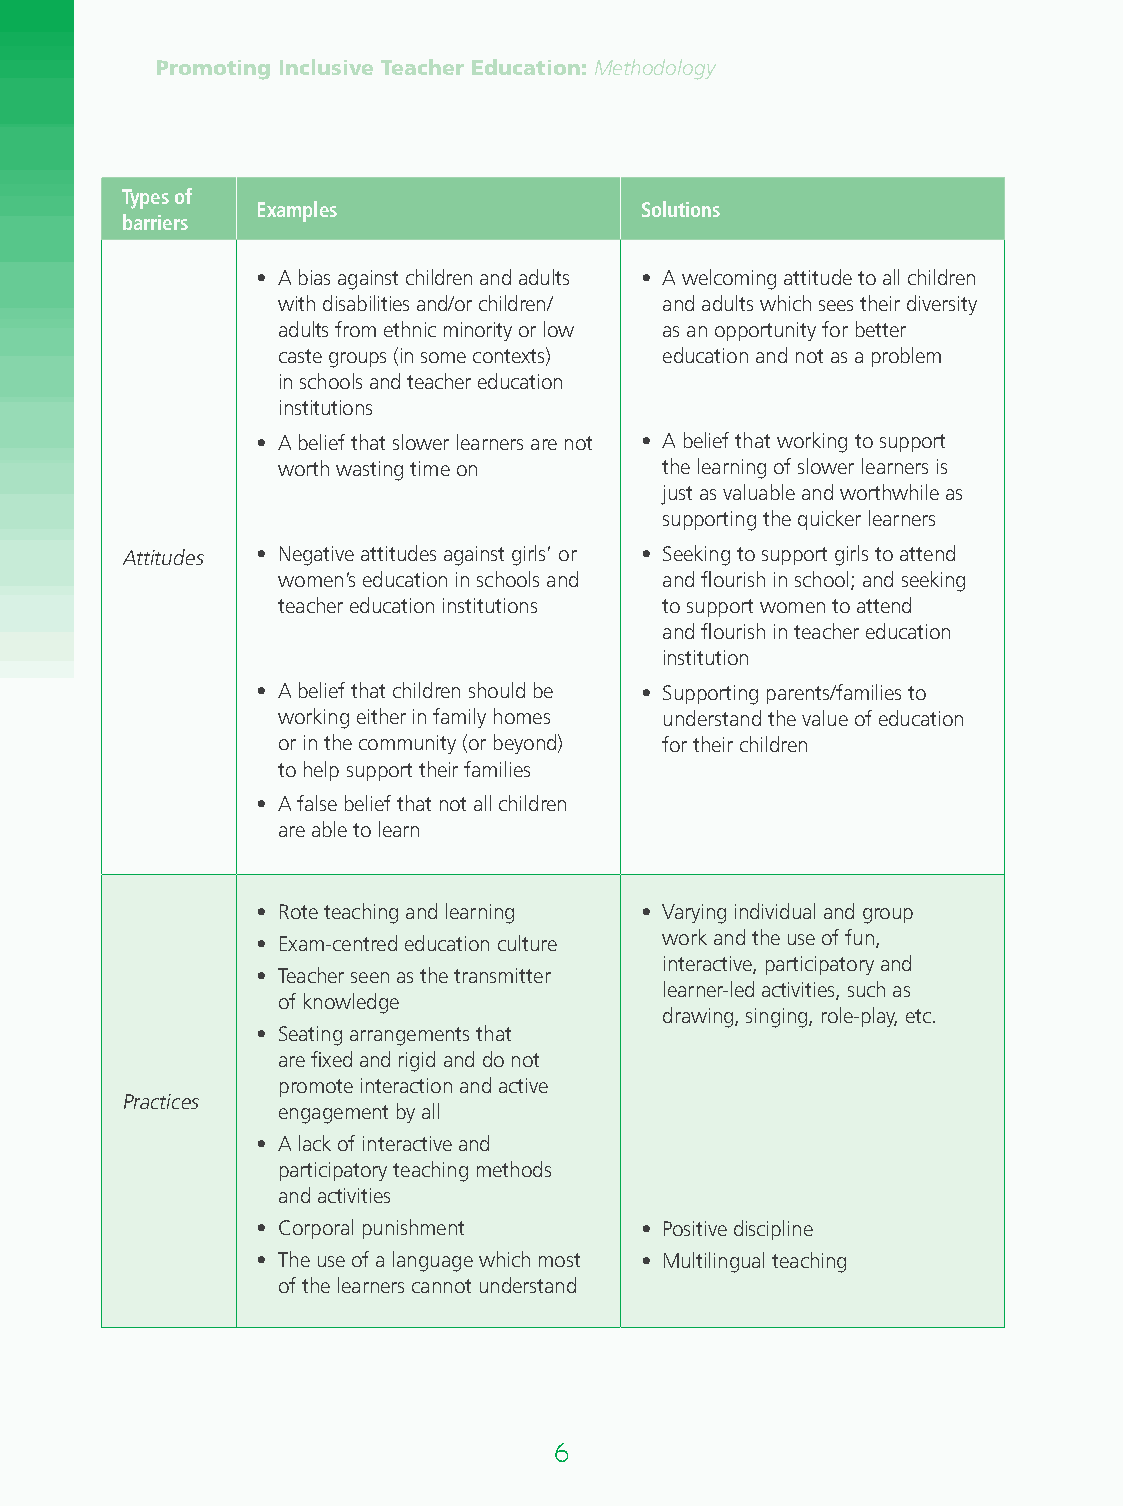
Promoting Inclusive Teacher Education: Methodology
 Types of
 Examples                 Solutions
 barriers
 • A bias against children and adults • A welcoming attitude to all children
 with disabilities and/or children/ and adults which sees their diversity
 adults from ethnic minority or low as an opportunity for better
 caste groups (in some contexts) education and not as a problem
 in schools and teacher education
 institutions
 • A belief that slower learners are not • A belief that working to support
 worth wasting time on     the learning of slower learners is
 just as valuable and worthwhile as
 supporting the quicker learners
 Attitudes • Negative attitudes against girls’ or • Seeking to support girls to attend
 women’s education in schools and and flourish in school; and seeking
 teacher education institutions to support women to attend
 and flourish in teacher education
 institution
 • A belief that children should be • S upporting parents/families to
 working either in family homes understand the value of education
 or in the community (or beyond) for their children
 to help support their families
 • A false belief that not all children
 are able to learn
 • R ote teaching and learning • Varying individual and group
 • E xam-centred education culture work and the use of fun,
 interactive, participatory and
 • Teacher seen as the transmitter
 learner-led activities, such as
 of knowledge
 drawing, singing, role-play, etc.
 • S eating arrangements that
 are fixed and rigid and do not
 promote interaction and active
 Practices
 engagement by all
 • A lack of interactive and
 participatory teaching methods
 and activities
 • C orporal punishment   • P ositive discipline
 • The use of a language which most • M ultilingual teaching
 of the learners cannot understand
 6                                                                         7